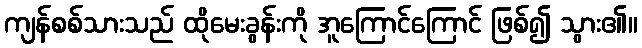
ကျန်စစ်သားသည် ထိုမေးခွန်းကို အူကြောင်ကြောင် ဖြစ်၍ သွား၏။